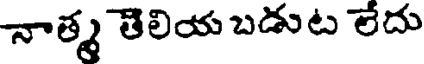
నాత్మ తెలియ బడుట లేదు